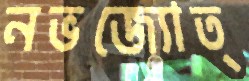
নভজ্যোত্